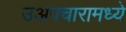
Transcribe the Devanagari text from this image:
उअपचारामध्ये